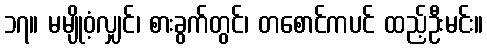
၁၇။ မမျိုဝံ့လျှင်၊ စားခွက်တွင်၊ တစောင်ကပင် ထည့်ဦးမင်း။